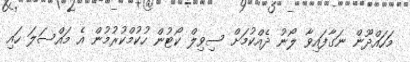
މަހައްދޫން ނަގާފައިވާ ލޯނު ދެއްކުމަށް ސިވިލް ކޯޓުން ހުކުމްކުރުމުން އެ މައްސަލަ ހައި